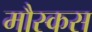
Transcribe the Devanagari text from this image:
मौस्कस